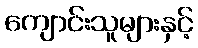
ကျောင်းသူများနှင့်